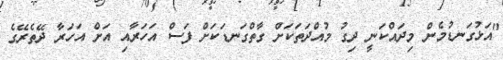
"އަޅުގަނޑުމެން މިދައްކަނީ ދިގު މުއްދަތަކަށް ގާތްގަނޑަކަށް ފަސް އަހަރާއި އަށް އަހަރާ ދޭތެރޭގެ